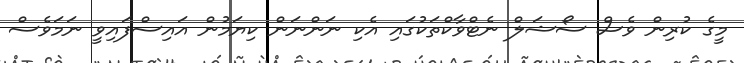
މީގެ ކުރިން ވެސް ސޯޝަލް ނެޓްވާކްތަކުގައި އެކި ނަންނަން ކިޔަމުން އައިސްފައިވީ ނަމަވެސް